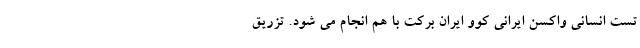
تست انسانی واکسن ایرانی کوو ایران برکت با هم انجام می شود. تزریق